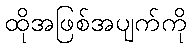
ထိုအဖြစ်အပျက်ကို